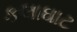
કલાઘાટ